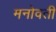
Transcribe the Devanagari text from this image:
मनोवती